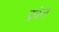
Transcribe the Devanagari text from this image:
प्रबेल